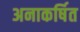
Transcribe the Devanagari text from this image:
अनाकर्षित